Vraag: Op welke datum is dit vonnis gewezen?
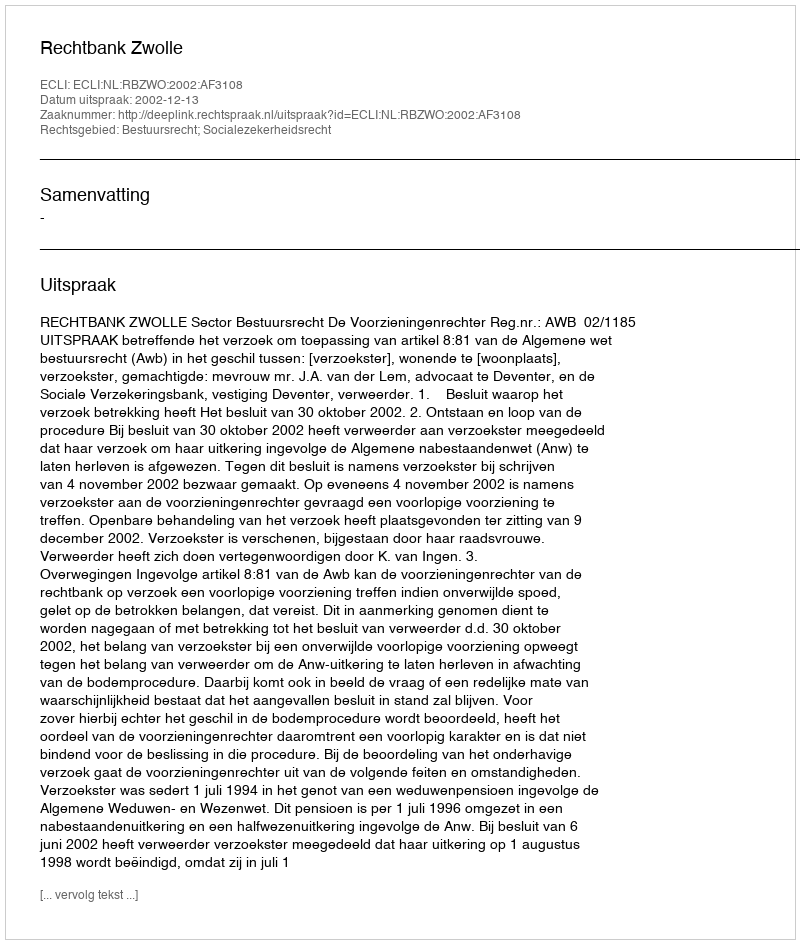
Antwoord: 2002-12-13